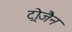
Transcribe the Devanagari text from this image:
ट्रोजैन